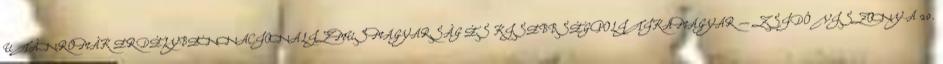
UTÁNROMÁK ERDÉLYBENNACIONALIZMUSMAGYARSÁG ÉS KISEBBSÉGPOLITIKAMAGYAR – ZSIDÓ VISZONY A 20.